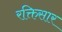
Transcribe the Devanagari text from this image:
रक्तिसार